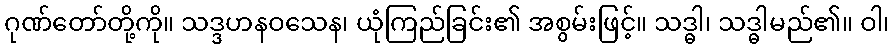
ဂုဏ်တော်တို့ကို။ သဒ္ဒဟနဝသေန၊ ယုံကြည်ခြင်း၏ အစွမ်းဖြင့်။ သဒ္ဓါ၊ သဒ္ဓါမည်၏။ ဝါ၊